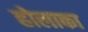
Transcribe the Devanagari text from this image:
होलाका